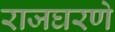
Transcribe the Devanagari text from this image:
राजघरणे